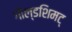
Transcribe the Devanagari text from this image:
गोल्डशिमट्